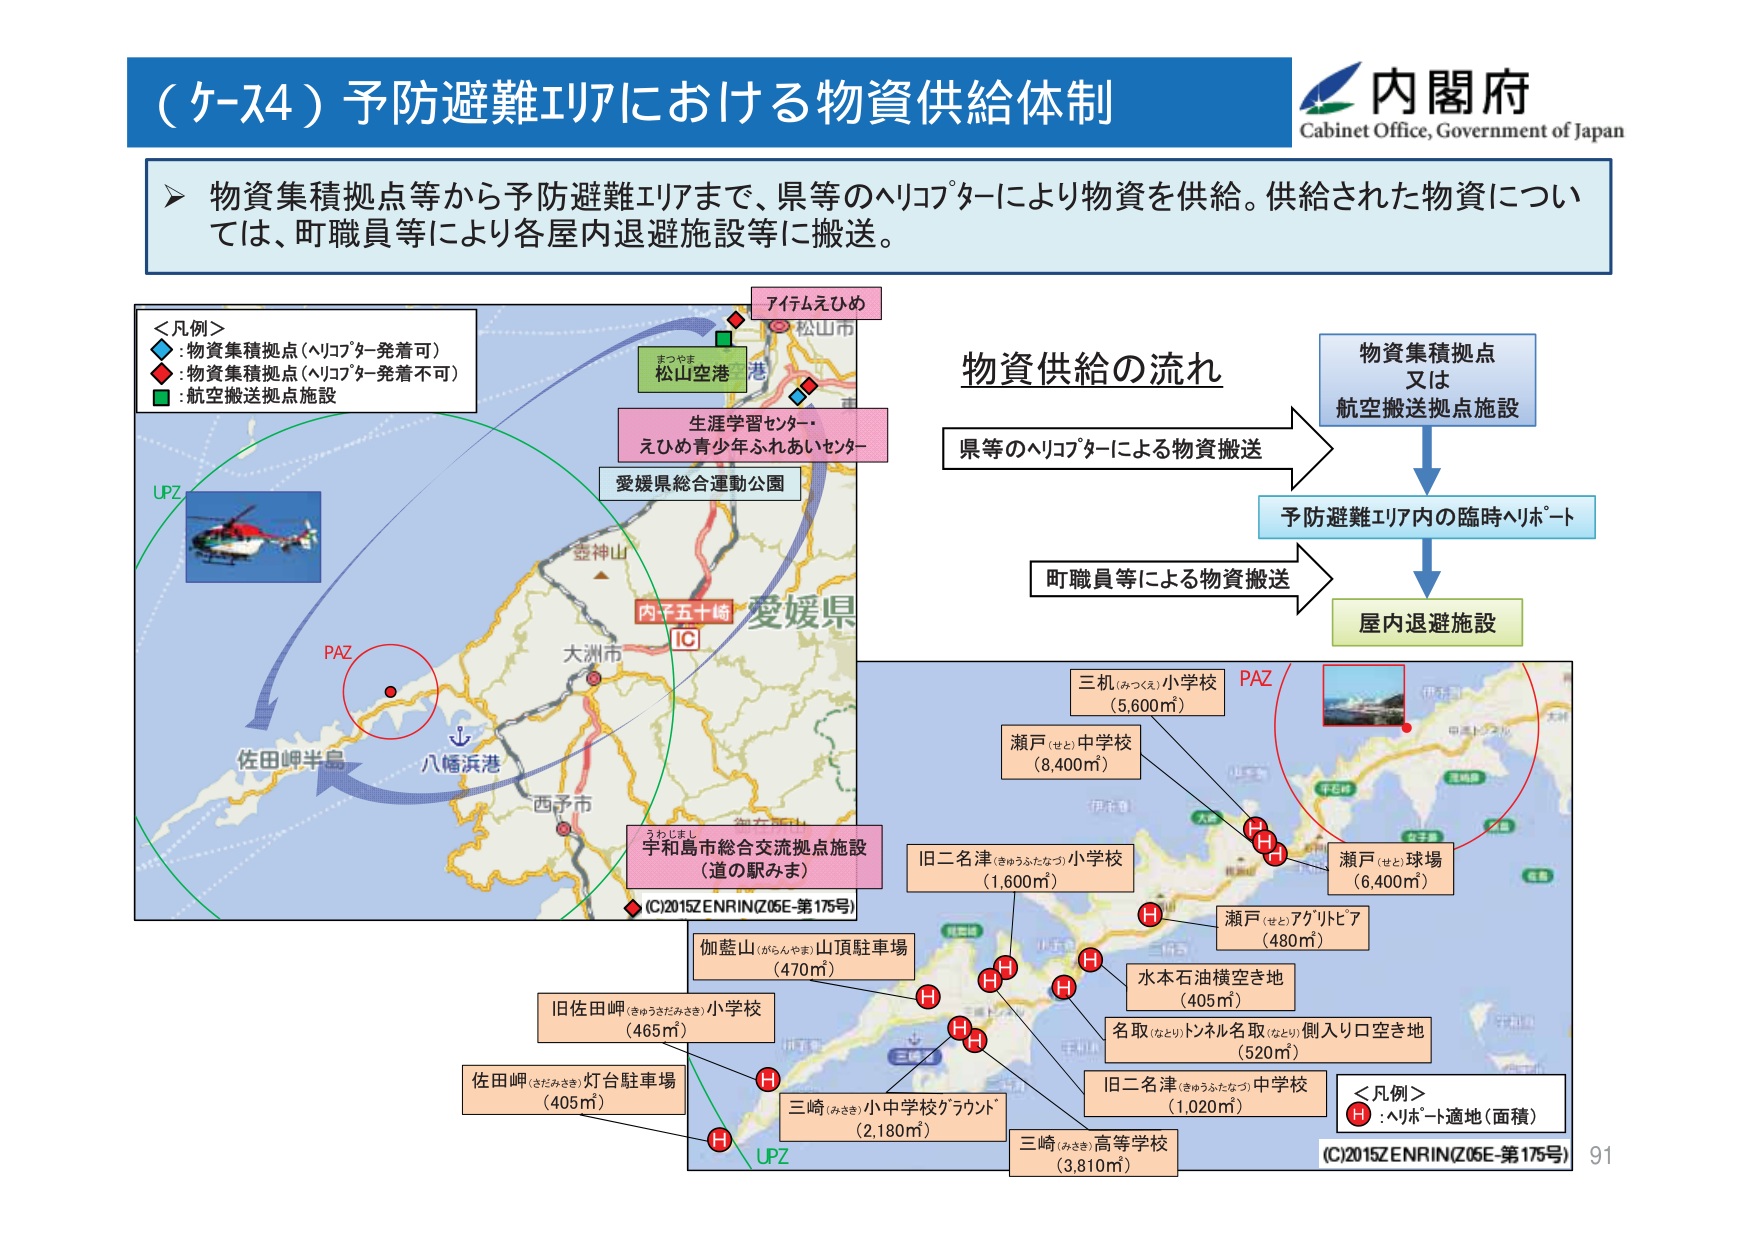
（ケース4）予防避難エリアにおける物資供給体制
内閣府
Cabinet Office, Government of Japan

▶ 物資集積拠点等から予防避難エリアまで、県等のヘリコプターにより物資を供給。供給された物資については、町職員等により各屋内退避施設等に搬送。

＜凡例＞
◆：物資集積拠点（ヘリコプター発着可）
◆：物資集積拠点（ヘリコプター発着不可）
■：航空搬送拠点施設

アイテムえひめ
松山市
まつやま
松山空港
港
生涯学習センター・
えひめ青少年ふれあいセンター
愛媛県総合運動公園
愛媛県
内子五十崎
IC
大洲市
西予市
八幡浜港
佐田岬半島
UPZ
PAZ
うわじまし
手和島市総合交流拠点施設
（道の駅みま）
(C)2015ZENRIN(Z05E-第175号)

物資供給の流れ
物資集積拠点
又は
航空搬送拠点施設
→
県等のヘリコプターによる物資搬送
→
予防避難エリア内の臨時ヘリポート
→
町職員等による物資搬送
→
屋内退避施設

三机（みつくえ）小学校
（5,600㎡）
瀬戸（せと）中学校
（8,400㎡）
旧二名津（きゅうふたなつ）小学校
（1,600㎡）
瀬戸（せと）球場
（6,400㎡）
瀬戸（せと）アグリピア
（480㎡）
水木石油横空き地
（405㎡）
名取（なとり）トンネル名取（なとり）側入り口空き地
（520㎡）
旧二名津（きゅうふたなつ）中学校
（1,020㎡）
伽藍山（がらんやま）山頂駐車場
（470㎡）
旧佐田岬（きゅうさだみさき）小学校
（465㎡）
佐田岬（さだみさき）灯台駐車場
（405㎡）
三崎（みさき）小中学校グラウンド
（2,180㎡）
三崎（みさき）高等学校
（3,810㎡）
UPZ
PAZ
＜凡例＞
H：ヘリポート適地（面積）
(C)2015ZENRIN(Z05E-第175号)
91